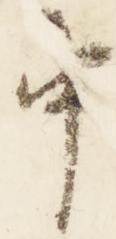
中